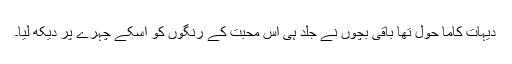
دیہات کاما حول تھا باقی بچوں نے جلد ہی اس محبت کے رنگوں کو اُسکے چہرے پر دیکھ لیا۔